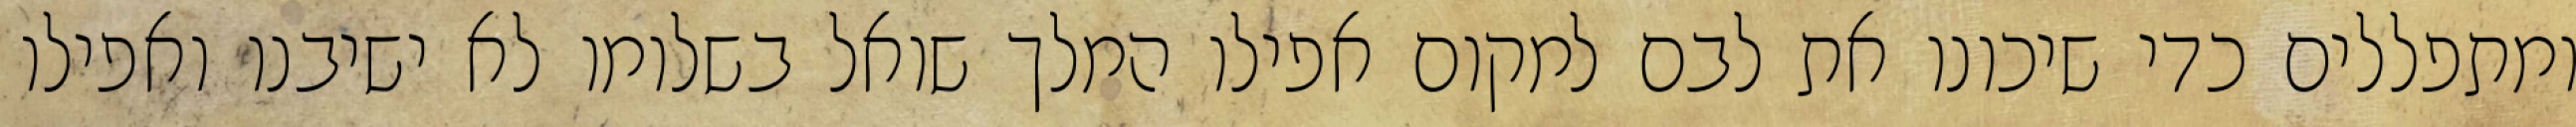
ומתפללים כדי שיכונו את לבם למקום אפילו המלך שואל בשלומו לא ישיבנו ואפילו